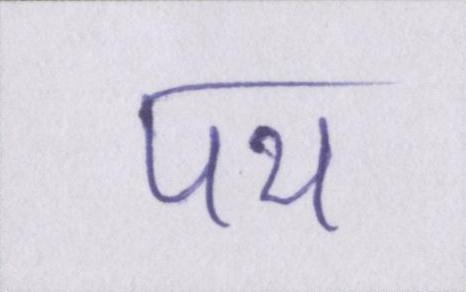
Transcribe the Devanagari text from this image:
पथ